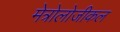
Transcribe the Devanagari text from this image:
मेत्रोलोजीकल